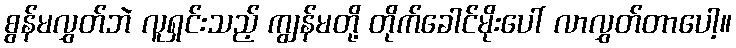
စွန်မလွှတ်ဘဲ လူရှင်းသည့် ကျွန်မတို့ တိုက်ခေါင်မိုးပေါ် လာလွှတ်တာပေါ့။